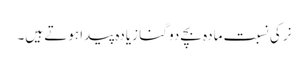
نر کی نسبت مادہ بچے دو گنا زیادہ پیدا ہوتے ہیں۔